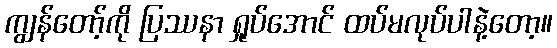
ကျွန်တော့်ကို ပြဿနာ ရှုပ်အောင် ထပ်မလုပ်ပါနဲ့တော့။